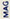
MAG